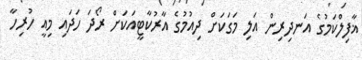
ޣާފިލްކަމުގެ އަނދިރިން އަލި މަގަކަށް ދިއުމުގެ އާރުކާޓީއަކަށް ރޯދަ ހަދައި މިއީ ހުރިހާ